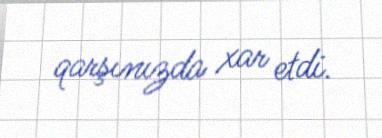
qarşınızda xar etdi.